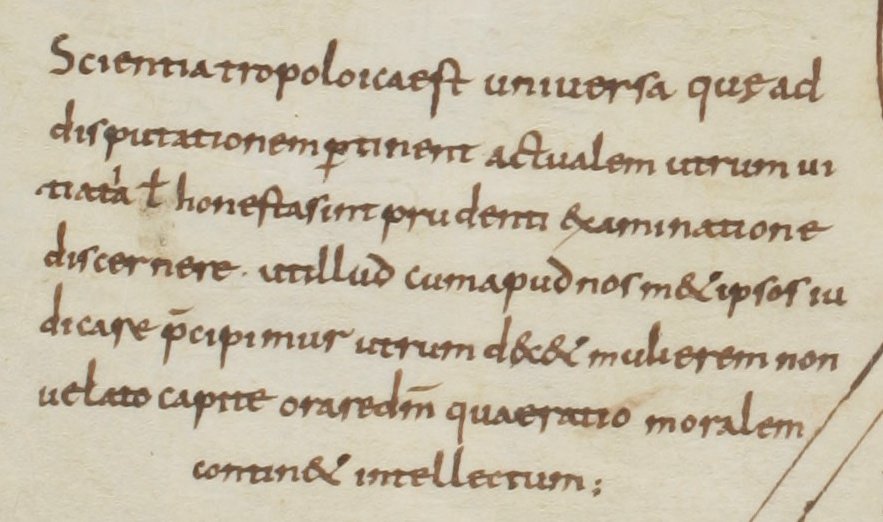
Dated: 800–899